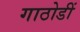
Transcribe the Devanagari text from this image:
गाठोडीं